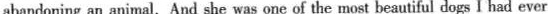
abandoning an animal. And she was one of the most beautiful dogs I had ever